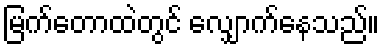
မြက်တောထဲတွင် လျှောက်နေသည်။